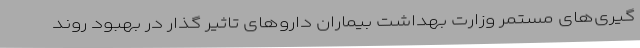
گیری‌های مستمر وزارت بهداشت بیماران داروهای تاثیر گذار در بهبود روند